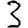
Digit: 3